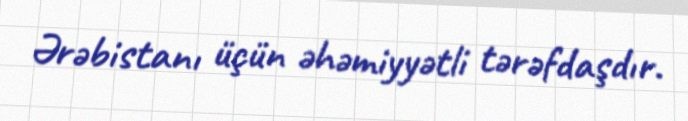
Ərəbistanı üçün əhəmiyyətli tərəfdaşdır.